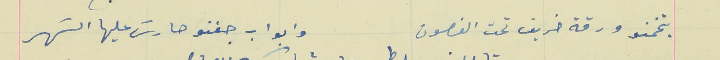
بتخمنو ورقة خريف تحت الغصون                          وابواب جفنو حارسَ عليها السَهر